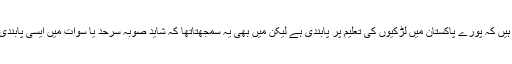
میں نے اپنے دوست کو بتایا امریکی تو یہ سمجھتے ہیں کہ پورے پاکستان میں لڑکیوں کی تعلیم پر پابندی ہے لیکن میں بھی یہ سمجھتاتھا کہ شاید صوبہ سرحد یا سوات میں ایسی پابندی ہو گی جس کے خلاف ملالہ نے تحریک شروع کی۔